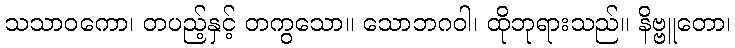
သသာဝကော၊ တပည့်နှင့် တကွသော။ သောဘဂဝါ၊ ထိုဘုရားသည်။ နိဗ္ဗူတော၊